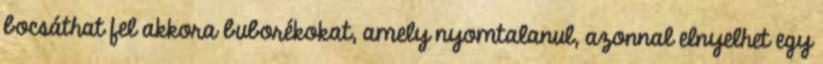
bocsáthat fel akkora buborékokat, amely nyomtalanul, azonnal elnyelhet egy